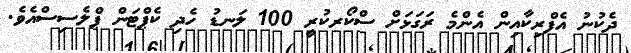
ދެކުނު އެފްރިކާއިން އެންމެ ރަގަޅަށް ސްކޯރކުރީ 100 ލަނޑު ހެދި ކެޕްޓަން ޕްލެސިސްއެވެ.